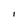
Character: I